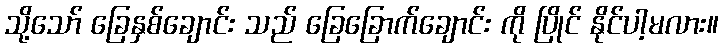
သို့သော် ခြေနှစ်ချောင်း သည် ခြေခြောက်ချောင်း ကို ပြိုင် နိုင်ပါ့မလား။